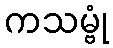
ကသမ္ဗုံ